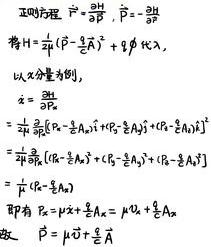
&正则方程：\(\dot{\mathbf{r}}=\frac{\partialH}{\partial\mathbf{\vec{p}}},\dot{\vec{p}}=-\frac{\partialH}{\partial\mathbf{r}}\)\\
&若\(H=\frac{1}{2\mu}(\vec{p}-\frac{e}{c}\vec{A})^2+e\phi(\mathbf{r},t)\)\\
&以x分量为例，\\
\(&\dot{x}=\frac{\partialH}{\partialp_x}\)\\
\(&=\frac{1}{2\mu}\frac{\partial}{\partialp_x}[(p_x-\frac{e}{c}A_x)^2+(p_y-\frac{e}{c}A_y)^2+(p_z-\frac{e}{c}A_z)^2]\)\\
\(&=\frac{1}{2\mu}\frac{\partial}{\partialp_x}[(p_x-\frac{e}{c}A_x)^2+(p_y-\frac{e}{c}A_y)^2+(p_z-\frac{e}{c}A_z)^2]\)\\
\(&=\frac{1}{\mu}(p_x-\frac{e}{c}A_x)\)\\
&即有\(p_x=\mu\dot{x}+\frac{e}{c}A_x=\muv_x+\frac{e}{c}A_x\)\\
&故\(\vec{p}=\mu\vec{v}+\frac{e}{c}\vec{A}\)